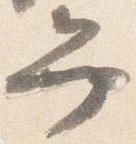
弁